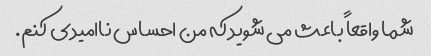
شما واقعاً باعث می شوید که من احساس ناامیدی کنم.